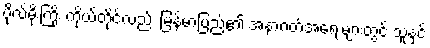
ဗိုလ်မိုးကြိုး ကိုယ်တိုင်လည်း မြန်မာပြည်၏ အနာဂတ်အရေးများတွင် သူနှင့်